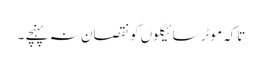
تاکہ موٹر سائیکلوں کو نقصان نہ پہنچے ۔